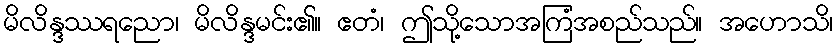
မိလိန္ဒဿရညော၊ မိလိန္ဒမင်း၏။ ဧတံ၊ ဤသို့သောအကြံအစည်သည်။ အဟောသိ၊